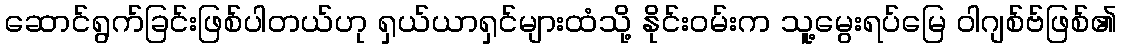
ဆောင်ရွက်ခြင်းဖြစ်ပါတယ်ဟု ရှယ်ယာရှင်များထံသို့ နိုင်းဝမ်းက သူ့မွေးရပ်မြေ ဝါဂျစ်ဗ်ဖြစ်၏